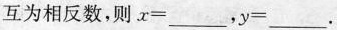
互为相反数，则 $$x = ___$$ ， $$y = ___$$.